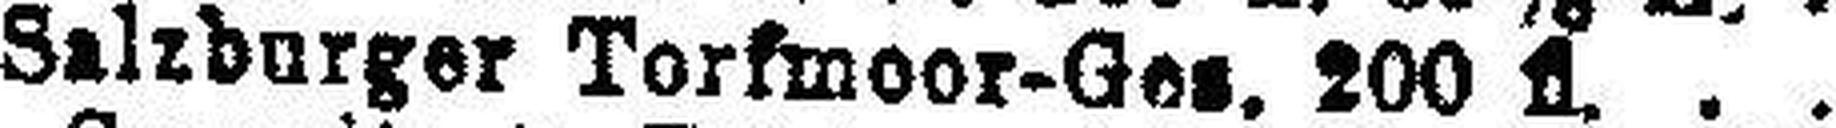
Salzburger Torfmoor-Ges. 200 fl.